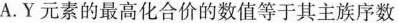
A.Y元素的最高化合价的数值等于其主族序数